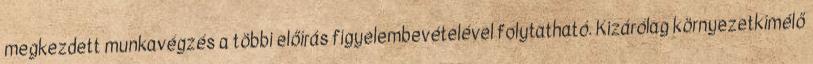
megkezdett munkavégzés a többi előírás figyelembevételével folytatható. Kizárólag környezetkímélő